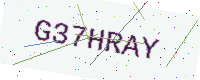
Text: G37HRAY